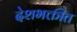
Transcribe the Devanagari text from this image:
देशभक्तीत